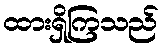
ထားရှိကြသည်